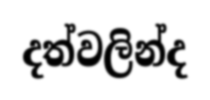
දත්වලින්ද